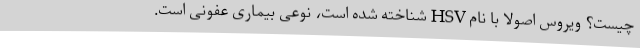
چیست؟ ویروس اصولاً با نام HSV شناخته شده است، نوعی بیماری عفونی است.